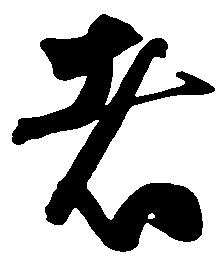
者